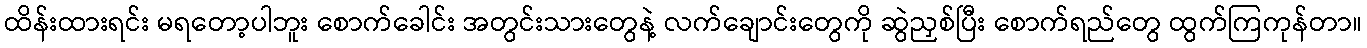
ထိန်းထားရင်း မရတော့ပါဘူး စောက်ခေါင်း အတွင်းသားတွေနဲ့ လက်ချောင်းတွေကို ဆွဲညှစ်ပြီး စောက်ရည်တွေ ထွက်ကြကုန်တာ။